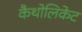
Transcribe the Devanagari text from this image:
कैथोलिकेट